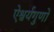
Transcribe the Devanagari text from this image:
ऐश्वर्यगुणों